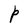
Character: P